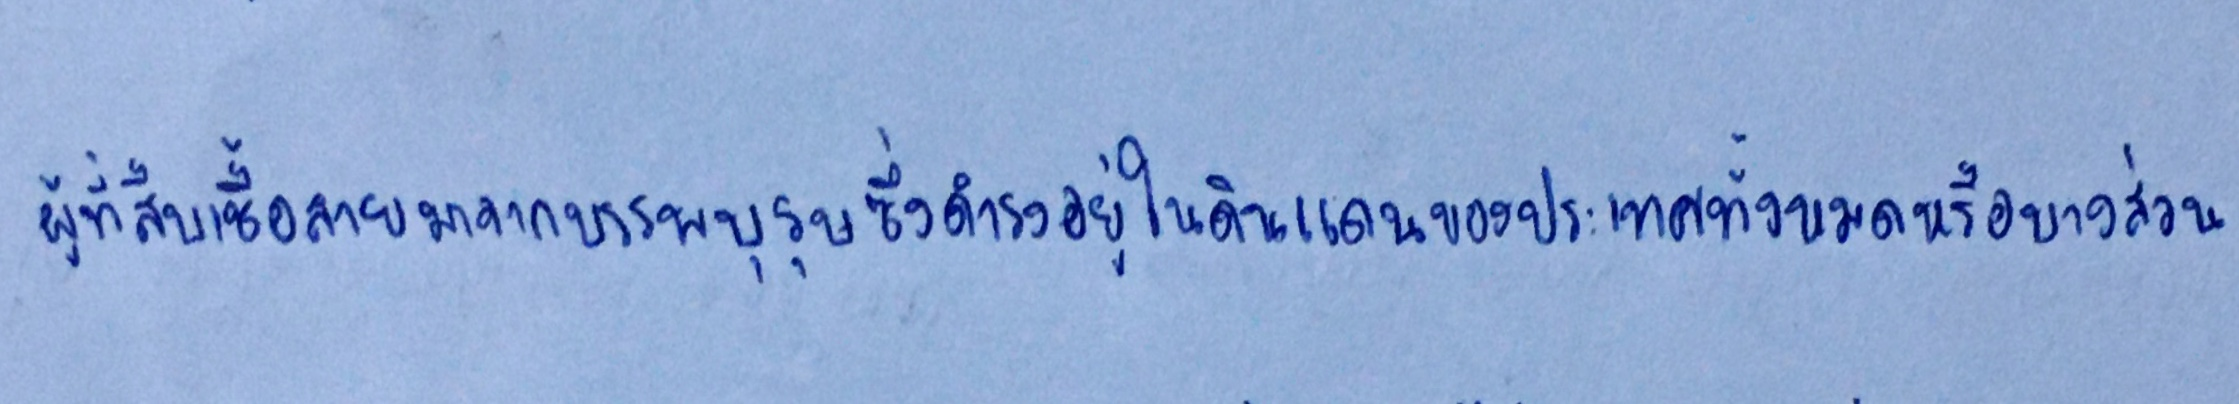
ผู้ที่สืบเชื้อสายมาจากบรรพบุรุษซึ่งดำรงอยู่ในดินแดนของประเทศทั้งหมดหรือเป็นบางส่วน